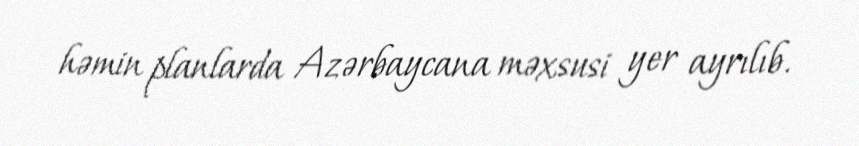
həmin planlarda Azərbaycana məxsusi yer ayrılıb.